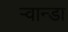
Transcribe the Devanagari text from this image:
ऱ्वान्डा